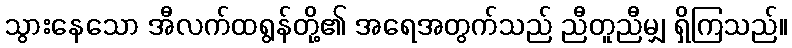
သွားနေသော အီလက်ထရွန်တို့၏ အရေအတွက်သည် ညီတူညီမျှ ရှိကြသည်။